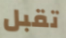
تقبل